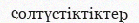
солтүстіктіктер